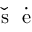
\Check { \textrm { s } } \dot { \textrm { e } }